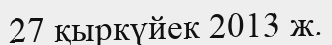
27 қыркүйек 2013 ж.